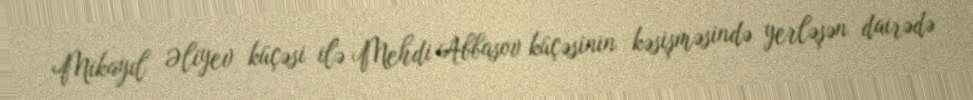
Mikayıl Əliyev küçəsi ilə Mehdi Abbasov küçəsinin kəsişməsində yerləşən dairədə